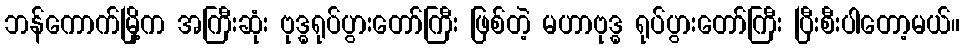
ဘန်ကောက်မြို့က အကြီးဆုံး ဗုဒ္ဓရုပ်ပွားတော်ကြီး ဖြစ်တဲ့ မဟာဗုဒ္ဓ ရုပ်ပွားတော်ကြီး ပြီးစီးပါတော့မယ်။